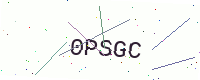
Text: 0PSGC